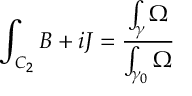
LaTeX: \int _ { C _ { 2 } } B + i J = { \frac { \int _ { \gamma } \Omega } { \int _ { \gamma _ { 0 } } \Omega } }